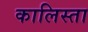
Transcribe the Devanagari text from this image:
कालिस्ता